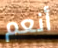
أنعم